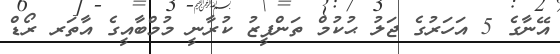
އޭނާގެ 5 އަހަރުގެ ޖަލު ޙުކުމް ތަންފީޒު ކުރާނީ މުމްބާއީގެ އާތަރ ރޯޑް